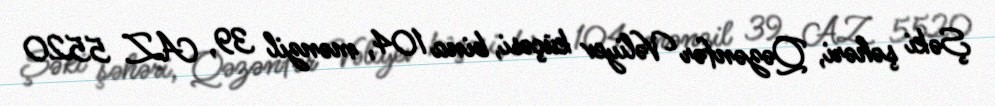
Şəki şəhəri, Qəzənfər Vəliyev küçəsi, bina 104, mənzil 39, AZ 5520